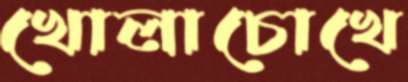
খোলাচোখে